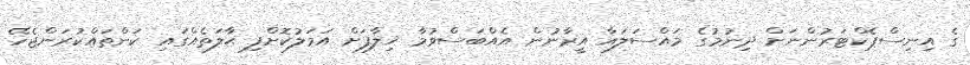
ގެ އިނިސްޕެކްޓަރުންނަށް ދިނުމުގެ މައްސަލައާ އީރާނުން އެއްބަސްވުމާ ޚިލާފަށް އަމަލުކޮށްފި ޙާލަތެއްގައި ކަންތައްކުރަންޖެހޭ